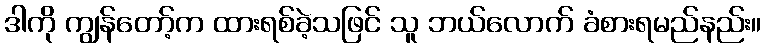
ဒါကို ကျွန်တော့်က ထားရစ်ခဲ့သဖြင် သူ ဘယ်လောက် ခံစားရမည်နည်း။